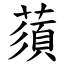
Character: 蕦